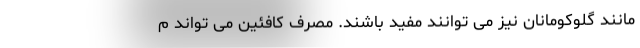
مانند گلوکومانان نیز می توانند مفید باشند. مصرف کافئین می تواند م